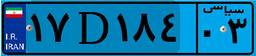
۱۷D۱۸۴۰۳